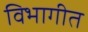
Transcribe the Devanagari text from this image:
विभागीत